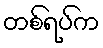
တစ်ရပ်က